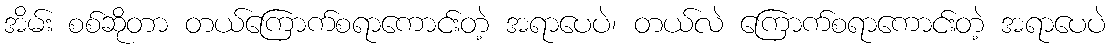
အိမ်း စစ်ဆိုတာ တယ်ကြောက်စရာကောင်းတဲ့ အရာပေပဲ၊ တယ်လဲ ကြောက်စရာကောင်းတဲ့ အရာပေပဲ